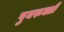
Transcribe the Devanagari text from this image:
पुनरूक्ती